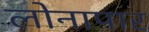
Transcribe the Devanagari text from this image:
लोनापार